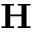
{ \bf H }